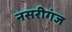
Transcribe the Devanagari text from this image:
नसरीगंज